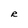
Character: R